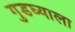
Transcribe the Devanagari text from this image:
गुडघ्याला